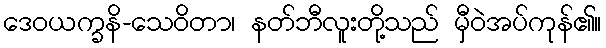
ဒေဝယက္ခနိ-သေဝိတာ၊ နတ်ဘီလူးတို့သည် မှီဝဲအပ်ကုန်၏။